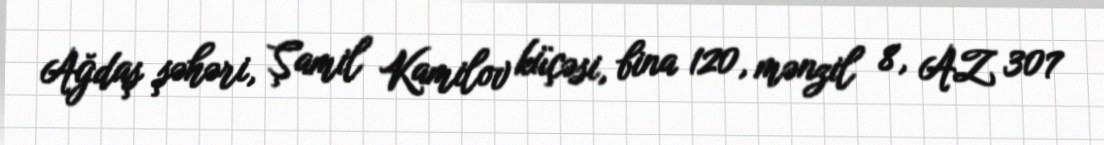
Ağdaş şəhəri, Şamil Kamilov küçəsi, bina 120, mənzil 8, AZ 307